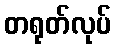
တရုတ်လုပ်